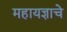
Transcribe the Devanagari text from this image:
महायज्ञाचे